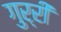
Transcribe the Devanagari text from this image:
गुर्री